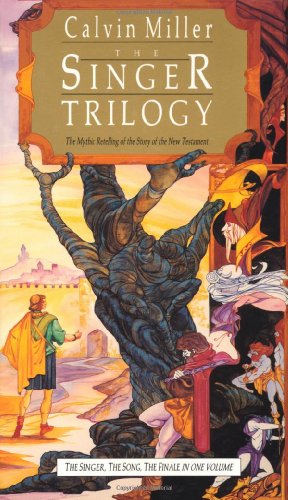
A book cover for The Singer/The Song/The Finale (The Singer Trilogy 1-3); Calvin Miller; Christian Books & Bibles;